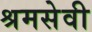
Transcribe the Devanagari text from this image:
श्रमसेवी